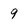
Character: 9